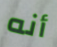
أنه